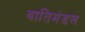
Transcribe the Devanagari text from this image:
वातिमंडल